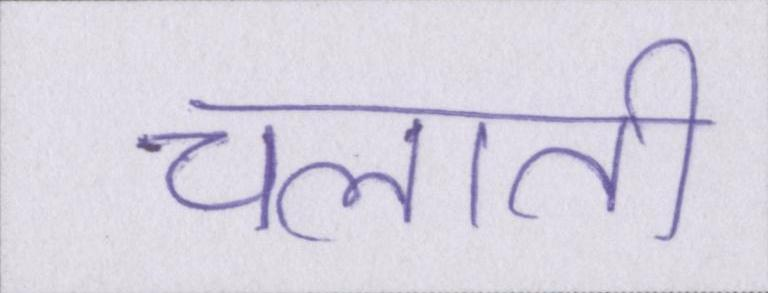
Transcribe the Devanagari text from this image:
चलाती